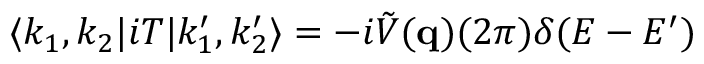
\langle k _ { 1 } , k _ { 2 } | i T | k _ { 1 } ^ { \prime } , k _ { 2 } ^ { \prime } \rangle = - i \tilde { V } ( { \bf q } ) ( 2 \pi ) \delta ( E - E ^ { \prime } )